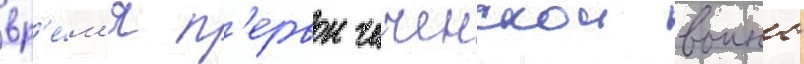
вр'е́м'я п'ервои чеченскои воины